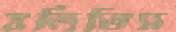
বলিতিস